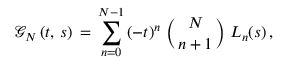
\begin{array} { l } { \displaystyle \mathcal { G } _ { N } \left( t , \, s \right) \, = \, \sum _ { n = 0 } ^ { N - 1 } \, ( - t ) ^ { n } \, \left( { { N } \atop { n + 1 } } \right) \, L _ { n } ( s ) \, , } \end{array}